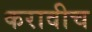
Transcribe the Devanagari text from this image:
करावीच